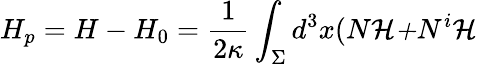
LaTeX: H_{p}=H-H_{0}=\frac{1}{2\kappa}\int_{\Sigma}d^{3}x(N{\cal H+}N^{i}{\cal H}